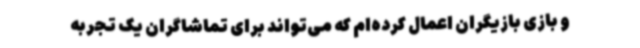
و بازی بازیگران اعمال کرده‌ام که می‌تواند برای تماشاگران یک تجربه